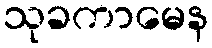
သုခကာမေန